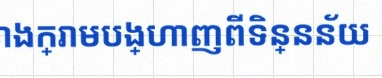
តារាងខាងក្រោមបង្ហាញពីទិន្នន័យ